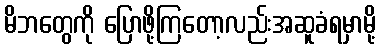
မိဘတွေကို ပြောဖို့ကြတော့လည်းအဆူခံရမှာမို့